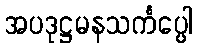
အပဒုဋ္ဌမနသင်္ကပ္ပေါ